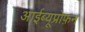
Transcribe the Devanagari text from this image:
आईब्यूप्रोफ़न